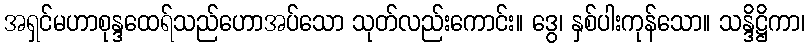
အရှင်မဟာစုန္ဒထေရ်သည်ဟောအပ်သော သုတ်လည်းကောင်း။ ဒွေ၊ နှစ်ပါးကုန်သော။ သန္ဒိဋ္ဌိကာ၊